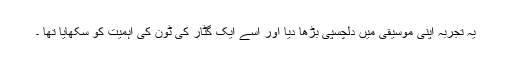
یہ تجربہ اپنی موسیقی میں دلچسپی بڑھا دیا اور اسے ایک گٹار کی ٹون کی اہمیت کو سکھایا تھا ۔